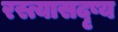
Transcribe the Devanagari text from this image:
रस्त्यासदृष्य